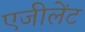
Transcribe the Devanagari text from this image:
एजीलेंट